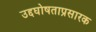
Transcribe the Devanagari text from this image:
उद्दघोषताप्रसारक